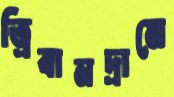
ত্রিবানদ্রামে